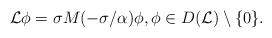
LaTeX: \begin{align*} {\cal L}\phi=\sigma M(-\sigma/\alpha)\phi, \phi\in D({\cal L})\setminus\{0\}. \end{align*}